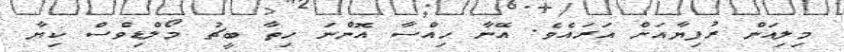
މިލިއަން ރުފިޔާއަށް އަރައެވެ. އޭނާ ހިއްސާ އޮންނަ ހިތާ ބީޗު މޯލްޑިވްސް ކިޔާ